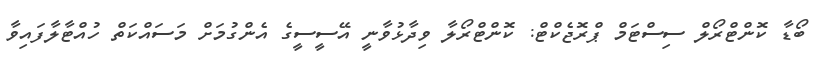
ބޯޑާ ކޮންޓްރޯލް ސިސްޓަމް ޕްރޮޖެކްޓް: ކޮންޓްރޯލާ ވިދާޅުވާނީ އޭސީސީގެ އެންގުމަށް މަސައްކަތް ހުއްޓާލާފައިވާ